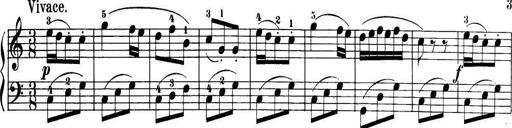
Title: 32 Sonatinas and Rondos for the Piano
Composer: Richard Kleinmichel